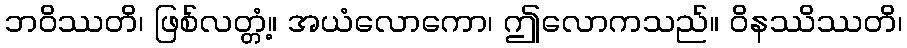
ဘဝိဿတိ၊ ဖြစ်လတ္တံ့။ အယံလောကော၊ ဤလောကသည်။ ဝိနဿိဿတိ၊